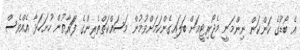
އެ ބޯޑުގެ ކަންކަން ނިންމަނީ މެޖޯރިޓީއަށް ބަލައިގެންކަމަށްވުމުން މަސައްކަތްތެރިންގެ ފަަރާތުން ހުށަހަޅާ އެއްވެސް